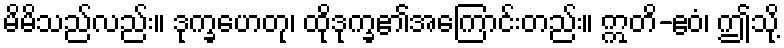
မိမိသည်လည်း။ ဒုက္ခဟေတု၊ ထိုဒုက္ခ၏အကြောင်းတည်း။ ဣတိ-ဧဝံ၊ ဤသို့